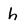
Character: h